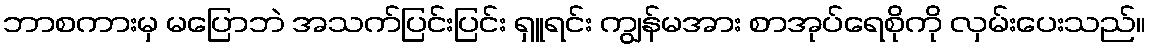
ဘာစကားမှ မပြောဘဲ အသက်ပြင်းပြင်း ရှူရင်း ကျွန်မအား စာအုပ်ရေစိုကို လှမ်းပေးသည်။